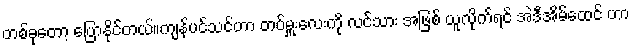
တစ်ခုတော့ ပြောနိုင်တယ်။ကျန်ပင်သင်ဟာ တပ်မှူးလေးကို လင်သား အဖြစ် ယူလိုက်ရင် အဲဒီအိမ်ထေင် ဟာ